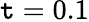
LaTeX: \mathtt{t}=0.1